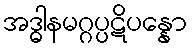
အဒ္ဓါနမဂ္ဂပ္ပဋိပန္နော